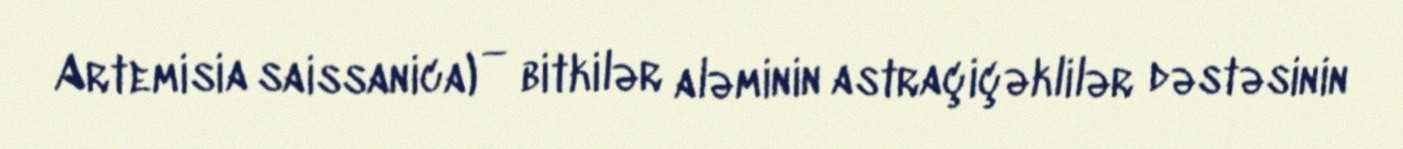
Artemisia saissanica) — bitkilər aləminin astraçiçəklilər dəstəsinin